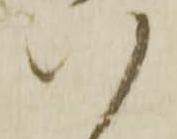
ひ